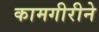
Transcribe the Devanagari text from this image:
कामगीरीने